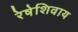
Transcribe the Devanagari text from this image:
रेषेशिवाय